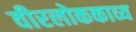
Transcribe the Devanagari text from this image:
वीरलोककाव्य